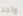
واحد